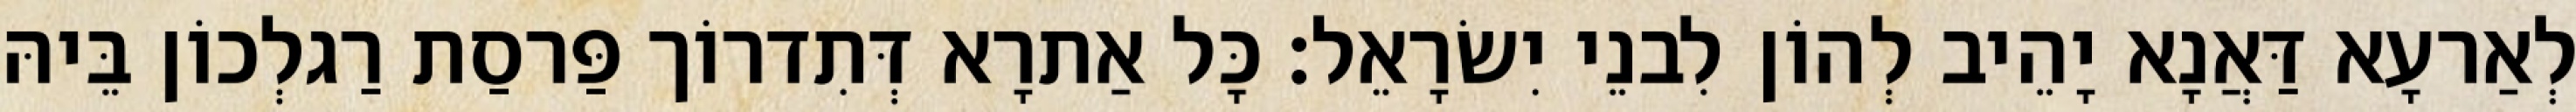
לְאַרעָא דַּאֲנָא יָהֵיב לְהוֹן לִבנֵי יִשׂרָאֵל׃ כָּל אַתרָא דְּתִדרוֹך פַּרסַת רַגלְכוֹן בֵּיהּ